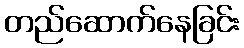
တည်ဆောက်နေခြင်း